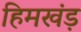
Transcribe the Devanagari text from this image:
हिमखंड़